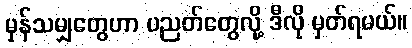
မှန်သမျှတွေဟာ ပညတ်တွေလို့ ဒီလို မှတ်ရမယ်။